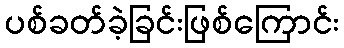
ပစ်ခတ်ခဲ့ခြင်းဖြစ်ကြောင်း